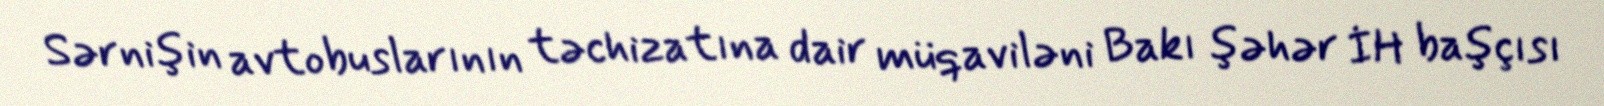
Sərnişin avtobuslarının təchizatına dair müqaviləni Bakı şəhər İH başçısı